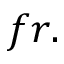
f r .